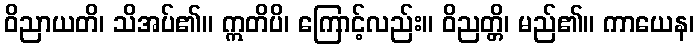
ဝိညာယတိ၊ သိအပ်၏။ ဣတိပိ၊ ကြောင့်လည်း။ ဝိညတ္တိ၊ မည်၏။ ကာယေန၊